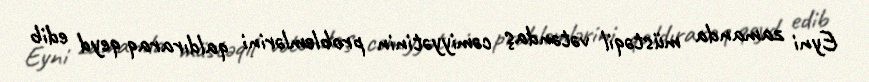
Eyni zamanda müstəqil vətəndaş cəmiyyətinin problemlərini qaldıraraq qeyd edib